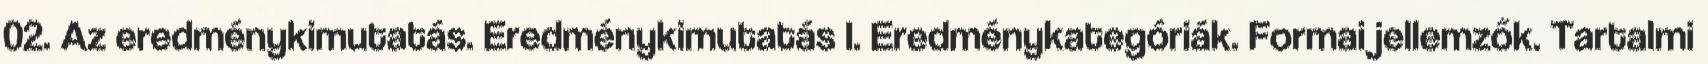
02. Az eredménykimutatás. Eredménykimutatás I. Eredménykategóriák. Formai jellemzők. Tartalmi